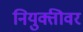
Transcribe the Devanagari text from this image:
नियुक्तीवर